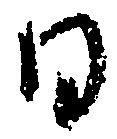
日